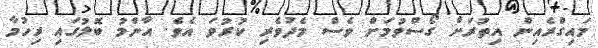
މައިގްރެއިން އިތުރަށް ގޯސްވުމަށް ވެސް މެދުވެރި ކުރުވަ އެވެ. އާންމު ބޮލުގައި ރިހުމާ